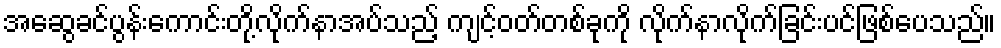
အဆွေခင်ပွန်းကောင်းတို့လိုက်နာအပ်သည့် ကျင့်ဝတ်တစ်ခုကို လိုက်နာလိုက်ခြင်းပင်ဖြစ်ပေသည်။